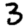
Digit: 3